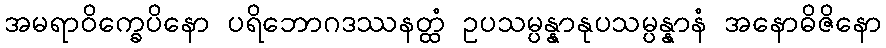
အမရာဝိက္ခေပိနော ပရိဘောဂဒဿနတ္ထံ ဥပသမ္ပန္နာနုပသမ္ပန္နာနံ အနောဓိဇိနော